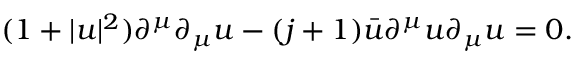
( 1 + | u | ^ { 2 } ) \partial ^ { \mu } \partial _ { \mu } u - ( j + 1 ) \bar { u } \partial ^ { \mu } u \partial _ { \mu } u = 0 .